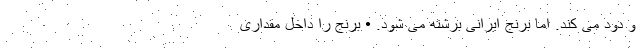
و دود می کند. اما برنج ایرانی برشته می شود. • برنج را داخل مقداری